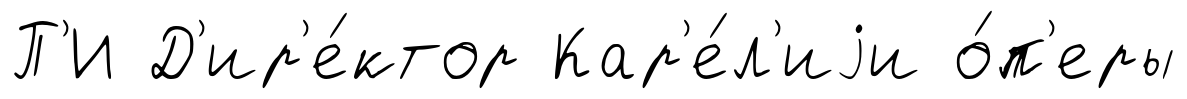
П'И Д'ир'е́ктор Кар'е́л'иjи о́п'еры